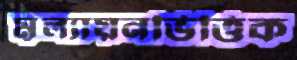
মূল্যায়নভিত্তিক